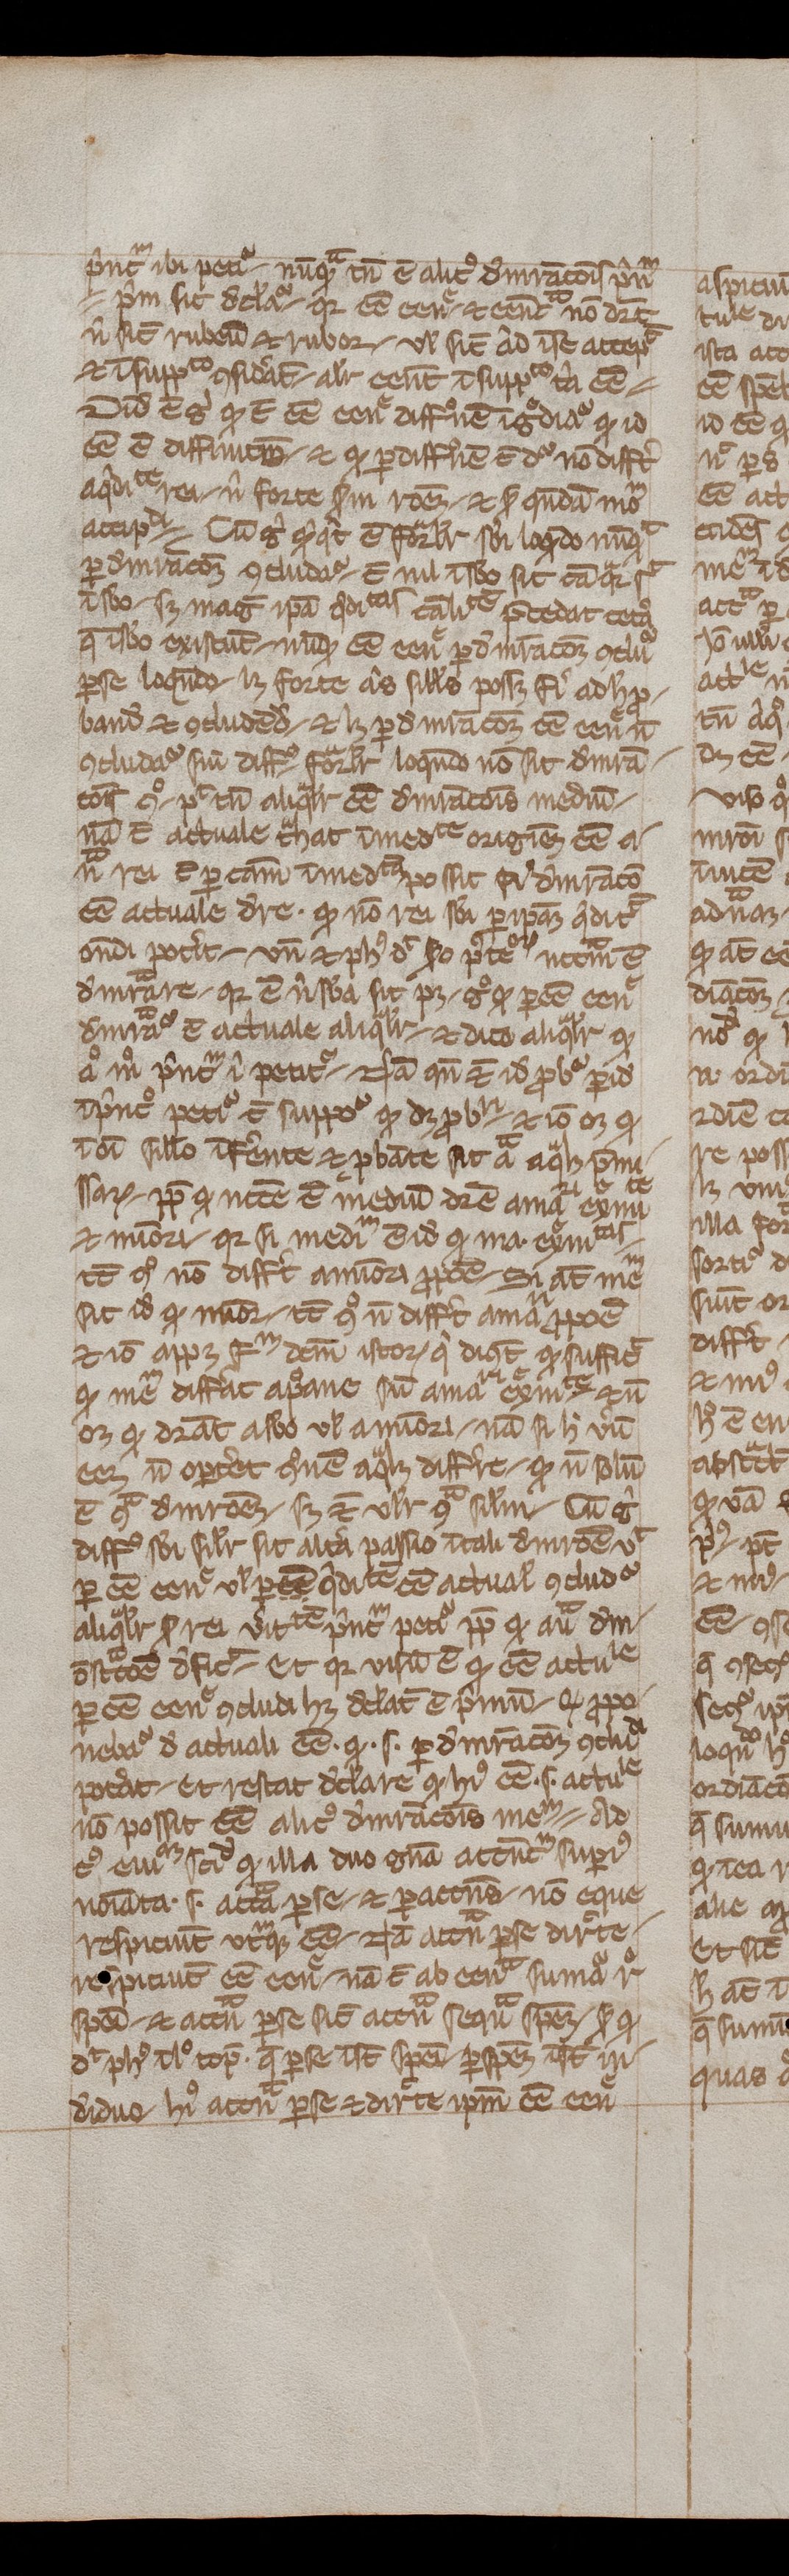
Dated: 1200–1399